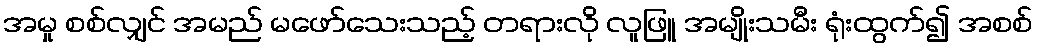
အမှု စစ်လျှင် အမည် မဖော်သေးသည့် တရားလို လူဖြူ အမျိုးသမီး ရုံးထွက်၍ အစစ်